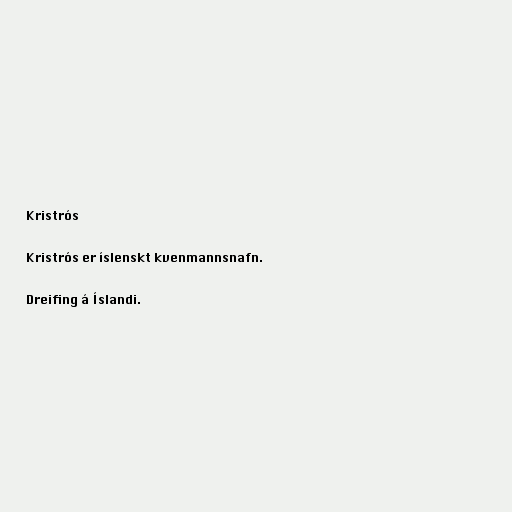
Kristrós

Kristrós er íslenskt kvenmannsnafn.

Dreifing á Íslandi.